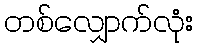
တစ်လျှောက်လုံး